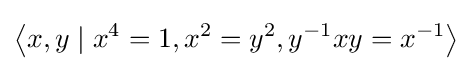
\left\langle x,y\mid x^{4}=1,x^{2}=y^{2},y^{-1}xy=x^{-1}\right\rangle